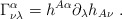
\begin{align*}\Gamma^{\alpha}_{\nu\lambda}=h^{A\alpha}\partial_\lambda h_{A\nu} ~.\end{align*}